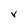
Character: V